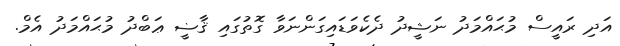
އަދި ރައީސް މުޙައްމަދު ނަޝީދު ދެކެވަޑައިގަންނަވާ ގޮތުގައި ޤާޟީ ޢަބްދު މުޙައްމަދު އެމް.